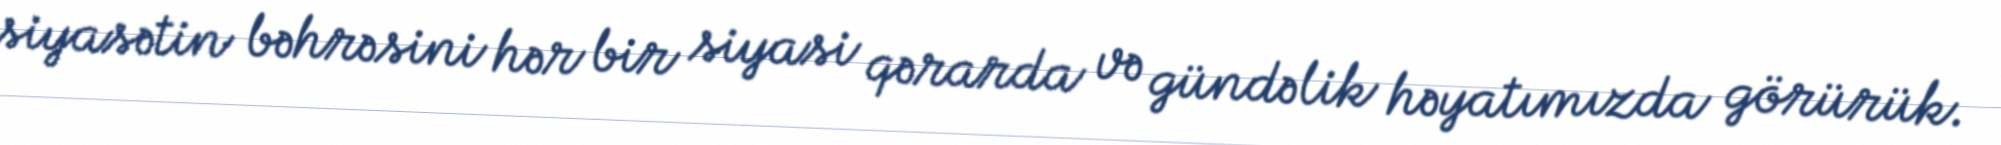
siyasətin bəhrəsini hər bir siyasi qərarda və gündəlik həyatımızda görürük.